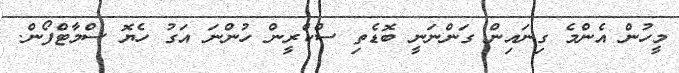
މީހުން އެންމެ ގިނައިން ގަންނަނީ ބޮޑެތި ސްކްރީން ހުންނަ އަގު ހެޔޮ ސްމާޓްފޯން.